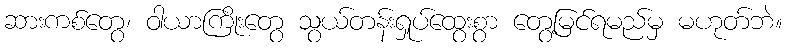
ဆားကစ်တွေ၊ ဝါယာကြိုးတွေ သွယ်တန်းရှုပ်ထွေးစွာ တွေ့မြင်ရမည်မှ မဟုတ်ဘဲ။